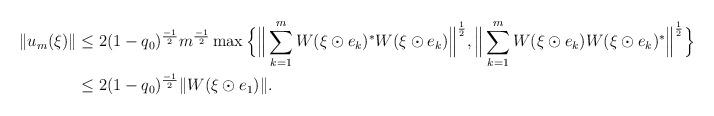
LaTeX: \begin{align*}\|u_m(\xi)\| &\le 2(1-q_0)^{\frac{-1}{2}}m^{\frac{-1}{2}} \max\Big\{\Big\|\sum_{k=1}^m W(\xi \odot e_k)^*W(\xi \odot e_k)\Big\|^{\frac12}, \Big\|\sum_{k=1}^m W(\xi \odot e_k)W(\xi \odot e_k)^*\Big\|^{\frac12}\Big\}\\& \le 2(1-q_0)^{\frac{-1}{2}}\|W(\xi \odot e_1)\|. \end{align*}